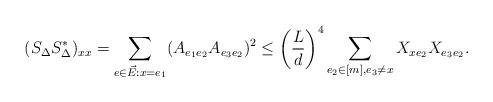
LaTeX: \begin{align*} (S_{\Delta} S_{\Delta}^* )_{xx}&=\sum_{e\in \vec{E}: x=e_1} (A_{e_1e_2}A_{e_3e_2})^2 \leq \left( \frac{L}{d}\right)^4 \sum_{e_2\in [m],e_3\not=x} X_{xe_2}X_{e_3e_2}.\end{align*}